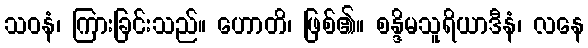
သဝနံ၊ ကြားခြင်းသည်။ ဟောတိ၊ ဖြစ်၏။ စန္ဒိမသူရိယာဒီနံ၊ လနေ